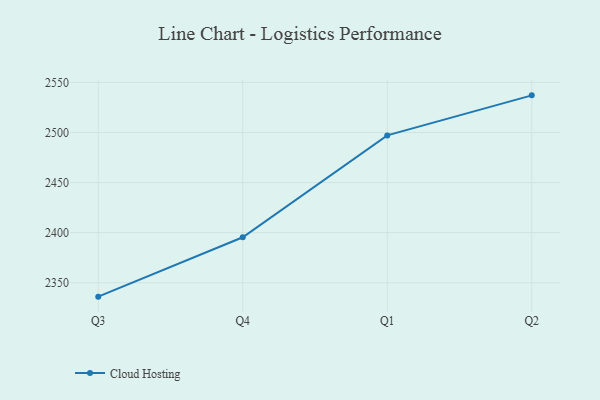
{"axis": {"x": "Quarter", "y": "Page Views"}, "legend": ["Cloud Hosting"], "data": [{"x": "Q3", "y": 2336.1, "type": "Cloud Hosting"}, {"x": "Q4", "y": 2395.4, "type": "Cloud Hosting"}, {"x": "Q1", "y": 2497.1, "type": "Cloud Hosting"}, {"x": "Q2", "y": 2537.1, "type": "Cloud Hosting"}]}